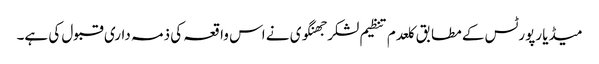
میڈیا رپورٹس کے مطابق کلعدم تنظیم لشکر جھنگوی نے اس واقعہ کی ذمہ داری قبول کی ہے۔